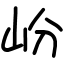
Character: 岎